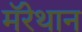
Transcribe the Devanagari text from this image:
मॅरेथान